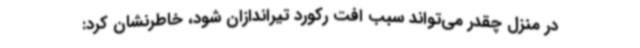
در منزل چقدر می‌تواند سبب افت رکورد تیراندازان شود، خاطرنشان کرد: